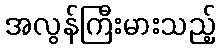
အလွန်ကြီးမားသည့်